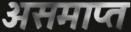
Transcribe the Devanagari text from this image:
असमाप्त